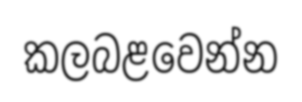
කලබළවෙන්න